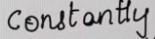
Constantly